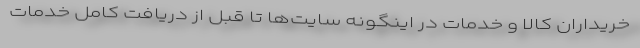
خریداران کالا و خدمات در اینگونه سایت‌ها تا قبل از دریافت کامل خدمات